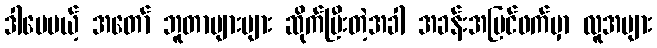
ဒါပေမယ့် အတော် ဘူတာများများ ဆိုက်ပြီးတဲ့အခါ အခန်းအပြင်ဖက်မှာ လူအများ